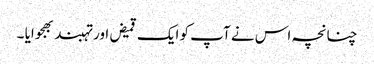
چنانچہ اس نے آپ کو ایک قمیض اور تہبند بھجوایا ۔